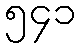
၅၄၁